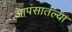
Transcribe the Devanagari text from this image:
आपसातल्या